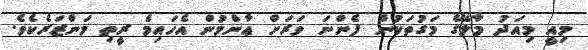
މިއީ މިއަދު މާލޭގެ މަގުތަކުން ފެންނަ ވަރަށް ޢާންމުން އެހައިމެ ރީތި މަންޒަރެކެވެ.